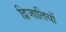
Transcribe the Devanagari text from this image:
द्विजातियों